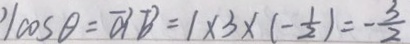
1 \cos \theta = \overrightarrow { a } \overrightarrow { b } = 1 \times 3 \times ( - \frac { 1 } { 2 } ) = - \frac { 3 } { 2 }